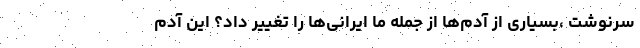
سرنوشت ،بسیاری از آدم‌ها از جمله ما ایرانی‌ها را تغییر داد؟ این آدم